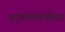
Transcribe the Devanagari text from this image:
हनुमंनस्वामींच्या